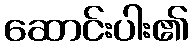
ဆောင်းပါး၏